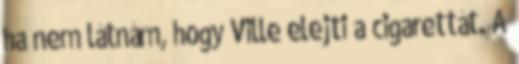
ha nem látnám, hogy Ville elejti a cigarettát. A